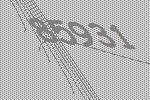
85931